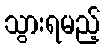
သွားရမည့်